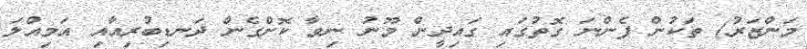
މަންޒަރު) ތަކުން ފެންނަ ގޮތުގައި ގައިދީން މޫނު ނިވާ ކޮށްގެން ދަނޑިބުރިއާއި އަމިއްލަ